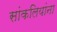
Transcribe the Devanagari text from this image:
सांकलियांना